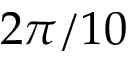
2 \pi / 1 0